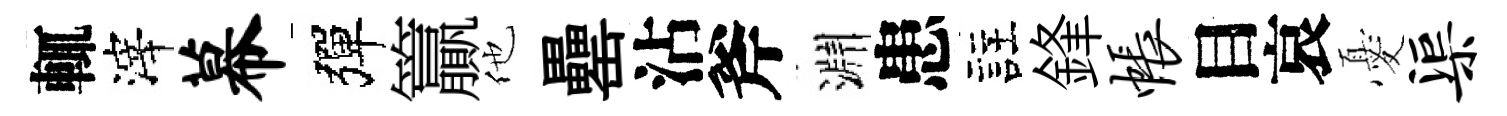
輒滓幕彈籯他罍沾斧淵患註鋒帐目哀憂渠